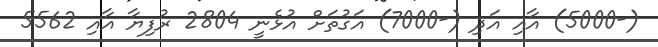
(-5000) އާއި އަދި (-7000) އަގުތަށް އުޅެނީ 2804 ރުފިޔާ އާއި 5562